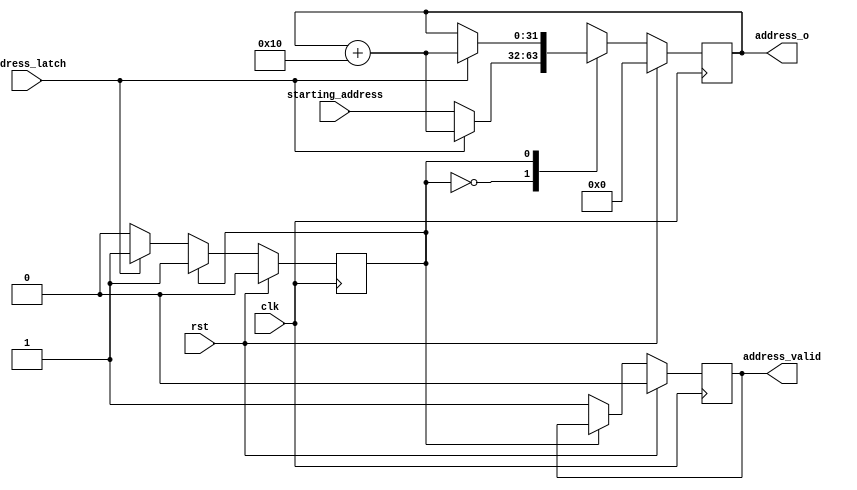
module top(address_latch, rst, clk, address_o, address_valid, starting_address);
  wire [32:0] \\\\\\\\\\\\\\\\\\\\\\\\\\\\\\\\$1 ;
  wire [32:0] \\\\\\\\\\\\\\\\\\\\\\\\\\\\\\\\$2 ;
  wire [32:0] \\\\\\\\\\\\\\\\\\\\\\\\\\\\\\\\$4 ;
  wire [32:0] \\\\\\\\\\\\\\\\\\\\\\\\\\\\\\\\$5 ;
  (* src = "address_generator.py:35" *)
  reg [31:0] \\\\\\\\\\\\\\\\\\\\\\\\\\\\\\\\$next\\\\\\\\\\\\\\\\\\\\\\\\\\\\\\\\address_o ;
  (* src = "address_generator.py:36" *)
  reg \\\\\\\\\\\\\\\\\\\\\\\\\\\\\\\\$next\\\\\\\\\\\\\\\\\\\\\\\\\\\\\\\\address_valid ;
  (* src = "nmigen/hdl/dsl.py:244" *)
  reg \\\\\\\\\\\\\\\\\\\\\\\\\\\\\\\\$next\\\\\\\\\\\\\\\\\\\\\\\\\\\\\\\\fsm_state ;
  (* src = "address_generator.py:37" *)
  input address_latch;
  (* init = 32'd0 *)
  (* src = "address_generator.py:35" *)
  output [31:0] address_o;
  reg [31:0] address_o = 32'd0;
  (* init = 1'h0 *)
  (* src = "address_generator.py:36" *)
  output address_valid;
  reg address_valid = 1'h0;
  (* src = "nmigen/hdl/ir.py:329" *)
  input clk;
  (* init = 1'h0 *)
  (* src = "nmigen/hdl/dsl.py:244" *)
  reg fsm_state = 1'h0;
  (* src = "nmigen/hdl/ir.py:329" *)
  input rst;
  (* src = "address_generator.py:39" *)
  input [31:0] starting_address;
  assign \\\\\\\\\\\\\\\\\\\\\\\\\\\\\\\\$2  = address_o + (* src = "address_generator.py:58" *) 5'h10;
  assign \\\\\\\\\\\\\\\\\\\\\\\\\\\\\\\\$5  = address_o + (* src = "address_generator.py:64" *) 5'h10;
  always @(posedge clk)
      fsm_state <= \\\\\\\\\\\\\\\\\\\\\\\\\\\\\\\\$next\\\\\\\\\\\\\\\\\\\\\\\\\\\\\\\\fsm_state ;
  always @(posedge clk)
      address_valid <= \\\\\\\\\\\\\\\\\\\\\\\\\\\\\\\\$next\\\\\\\\\\\\\\\\\\\\\\\\\\\\\\\\address_valid ;
  always @(posedge clk)
      address_o <= \\\\\\\\\\\\\\\\\\\\\\\\\\\\\\\\$next\\\\\\\\\\\\\\\\\\\\\\\\\\\\\\\\address_o ;
  always @* begin
    \\\\\\\\\\\\\\\\\\\\\\\\\\\\\\\\$next\\\\\\\\\\\\\\\\\\\\\\\\\\\\\\\\address_o  = address_o;
    casez (fsm_state)
      1'h0:
        begin
          \\\\\\\\\\\\\\\\\\\\\\\\\\\\\\\\$next\\\\\\\\\\\\\\\\\\\\\\\\\\\\\\\\address_o  = starting_address;
          casez (address_latch)
            1'h1:
                \\\\\\\\\\\\\\\\\\\\\\\\\\\\\\\\$next\\\\\\\\\\\\\\\\\\\\\\\\\\\\\\\\address_o  = \\\\\\\\\\\\\\\\\\\\\\\\\\\\\\\\$1 [31:0];
          endcase
        end
      1'h1:
          casez (address_latch)
            1'h1:
                \\\\\\\\\\\\\\\\\\\\\\\\\\\\\\\\$next\\\\\\\\\\\\\\\\\\\\\\\\\\\\\\\\address_o  = \\\\\\\\\\\\\\\\\\\\\\\\\\\\\\\\$4 [31:0];
          endcase
    endcase
    casez (rst)
      1'h1:
          \\\\\\\\\\\\\\\\\\\\\\\\\\\\\\\\$next\\\\\\\\\\\\\\\\\\\\\\\\\\\\\\\\address_o  = 32'd0;
    endcase
  end
  always @* begin
    \\\\\\\\\\\\\\\\\\\\\\\\\\\\\\\\$next\\\\\\\\\\\\\\\\\\\\\\\\\\\\\\\\address_valid  = address_valid;
    casez (fsm_state)
      1'h0:
          \\\\\\\\\\\\\\\\\\\\\\\\\\\\\\\\$next\\\\\\\\\\\\\\\\\\\\\\\\\\\\\\\\address_valid  = 1'h1;
    endcase
    casez (rst)
      1'h1:
          \\\\\\\\\\\\\\\\\\\\\\\\\\\\\\\\$next\\\\\\\\\\\\\\\\\\\\\\\\\\\\\\\\address_valid  = 1'h0;
    endcase
  end
  always @* begin
    \\\\\\\\\\\\\\\\\\\\\\\\\\\\\\\\$next\\\\\\\\\\\\\\\\\\\\\\\\\\\\\\\\fsm_state  = fsm_state;
    casez (fsm_state)
      1'h0:
          casez (address_latch)
            1'h1:
                \\\\\\\\\\\\\\\\\\\\\\\\\\\\\\\\$next\\\\\\\\\\\\\\\\\\\\\\\\\\\\\\\\fsm_state  = 1'h1;
          endcase
    endcase
    casez (rst)
      1'h1:
          \\\\\\\\\\\\\\\\\\\\\\\\\\\\\\\\$next\\\\\\\\\\\\\\\\\\\\\\\\\\\\\\\\fsm_state  = 1'h0;
    endcase
  end
  assign \\\\\\\\\\\\\\\\\\\\\\\\\\\\\\\\$1  = \\\\\\\\\\\\\\\\\\\\\\\\\\\\\\\\$2 ;
  assign \\\\\\\\\\\\\\\\\\\\\\\\\\\\\\\\$4  = \\\\\\\\\\\\\\\\\\\\\\\\\\\\\\\\$5 ;
endmodule